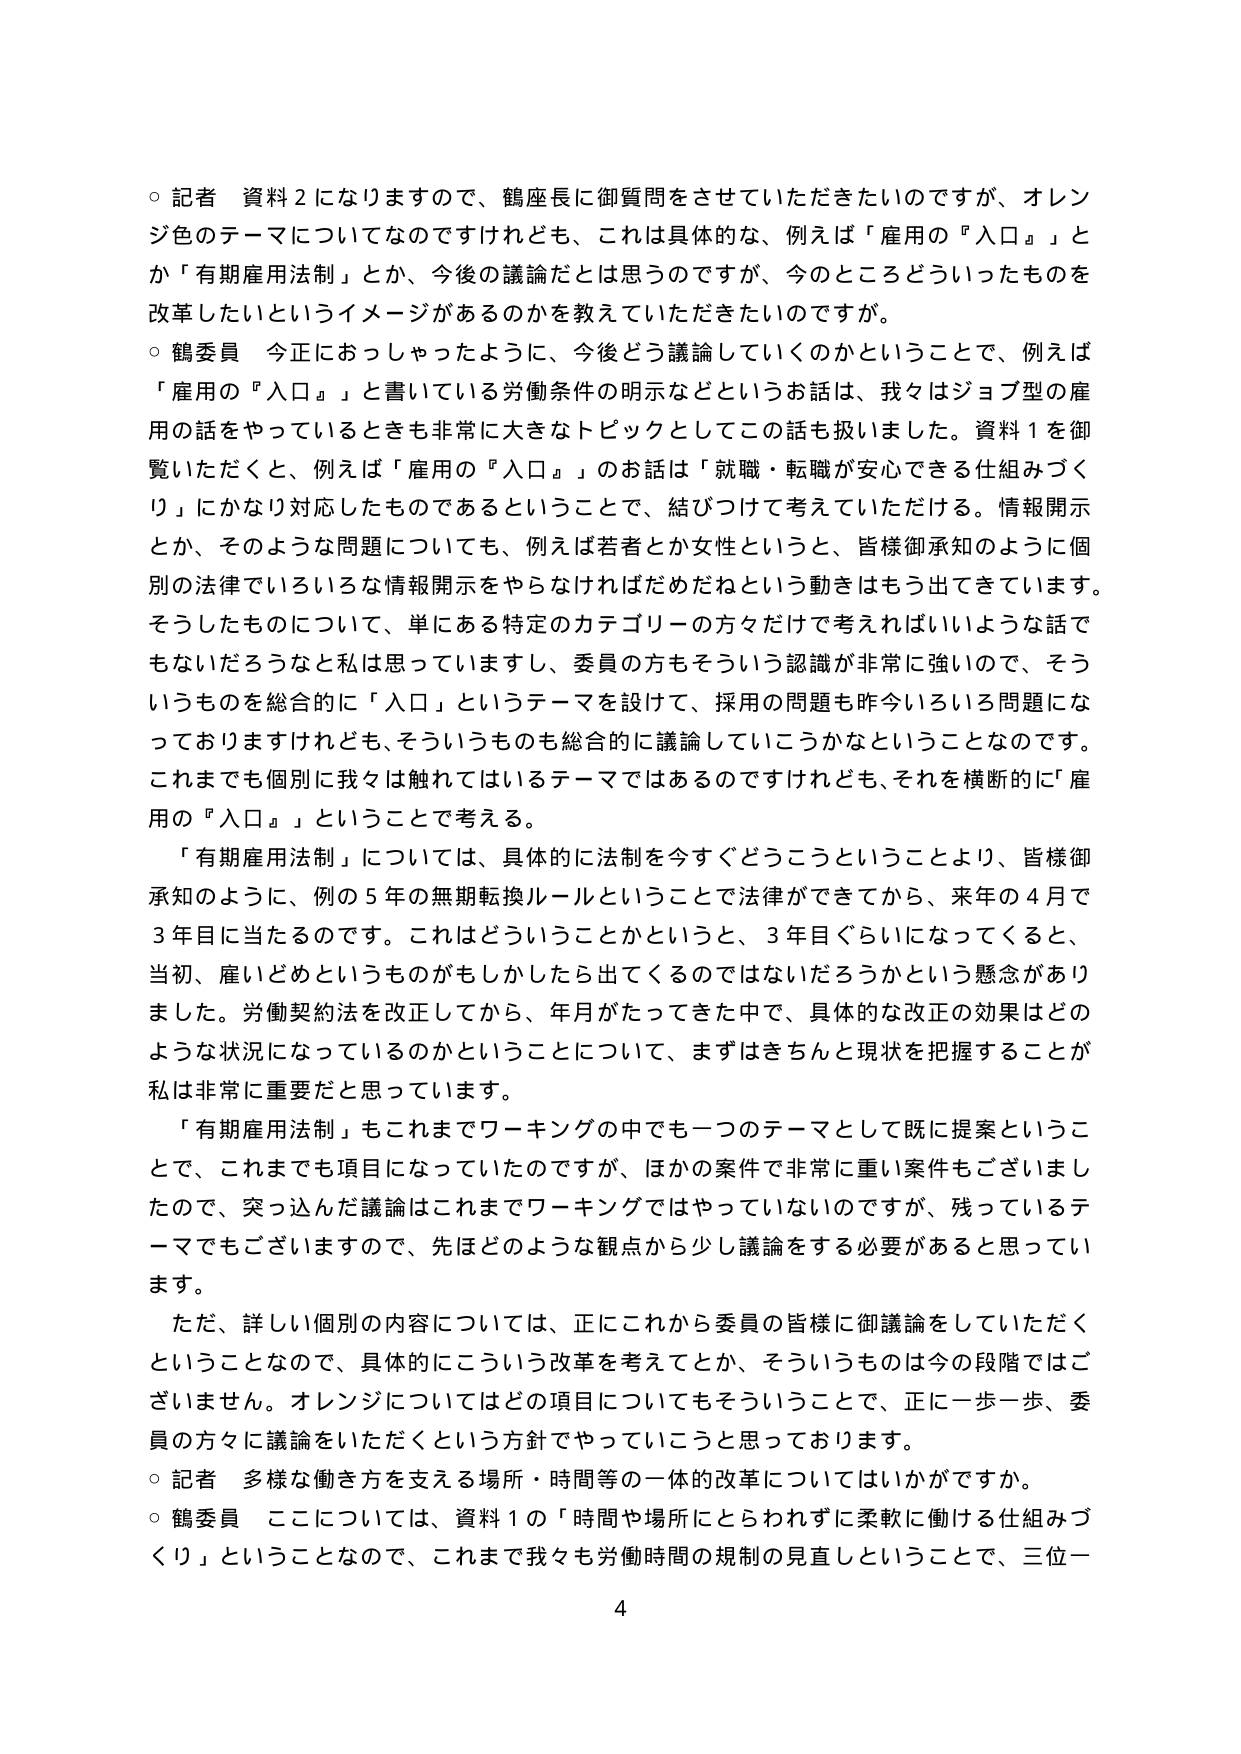
○ 記者 資料２になりますので、鶴座長に御質問をさせていただきたいのですが、オレンジ色のテーマについてなのですが、これは具体的な、例えば「雇用の『入口』」とか「有期雇用法制」とか、今後の議論だとは思うのですが、今のところどういったものを改革したいというイメージがあるのかを教えていただきたいのですが。

○ 鶴委員 今正におっしゃったように、今後どう議論していくのかということで、例えば「雇用の『入口』」と書いていている労働条件の明示などというお話は、我々はジョブ型の雇用の話をやっているときも非常に大きなトピックとしてこの話も扱いました。資料１を御覧いただくと、例えば「雇用の『入口』」のお話は「就職・転職が安心できる仕組みづくり」にかなり対応したものであるということで、結びつけて考えていただける。情報開示とか、そのような問題についても、例えば若者とか女性というと、皆様御承知のように個別の法律でいろいろな情報開示をやらなければだめだねという動きももう出てきています。そうしたものについて、単にある特定のカテゴリーの方々だけで考えればいいような話でもないだろうなと私は思っていますし、委員の方もそういう認識が非常に強いので、そういうものを総合的に「入口」というテーマを設けて、採用の問題も昨今いろいろ問題になっておりますけれども、そういうものも総合的に議論していこうかなということなのです。これまでも個別に我々は触れてはいるテーマではあるのですけれども、それを横断的に「雇用の『入口』」ということで考える。

「有期雇用法制」については、具体的に法制を今すぐどうこうということより、皆様御承知のように、例の５年の無期転換ルールということで法律ができてから、来年の４月で３年目に当たるのです。これはどういうことかというと、３年目ぐらいになってくると、当初、雇いどめというものがもしかしたら出てくるのではないだろうかという懸念がありました。労働契約法を改正してから、年月がたってきた中で、具体的な改正の効果はどのような状況になっているのかということについて、まずはきちんと現状を把握することが私は非常に重要だと思っています。

「有期雇用法制」もこれまでワーキングの中でも一つのテーマとして既に提案ということで、これまでも項目になっていたのですが、ほかの案件で非常に重い案件もございましたので、突っ込んだ議論はこれまでワーキングではやっていないのですが、残っているテーマでもございますので、先ほどのような観点から少し議論をする必要があると思っています。

ただ、詳しい個別の内容については、正にこれから委員の皆様に御議論をしていただくということなので、具体的にこういう改革を考えてとか、そういうものは今の段階ではございません。オレンジについてはどの項目についてもそういうことで、正に一歩一歩、委員の方々に議論をいただくという方針でやっていこうと思っております。

○ 記者 多様な働き方を支える場所・時間等の一体的改革についてはいかがですか。

○ 鶴委員 ここについては、資料１の「時間や場所にとらわれずに柔軟に働ける仕組みづくり」ということなので、これまで我々も労働時間の規制の見直しということで、三位一

4